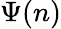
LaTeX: \Psi(n)